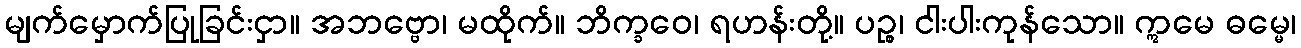
မျက်မှောက်ပြုခြင်းငှာ။ အဘဗ္ဗော၊ မထိုက်။ ဘိက္ခဝေ၊ ရဟန်းတို့။ ပဉ္စ၊ ငါးပါးကုန်သော။ ဣမေ ဓမ္မေ၊